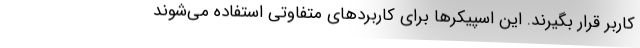
کاربر قرار بگیرند. این اسپیکرها برای کاربردهای متفاوتی استفاده می‌شوند